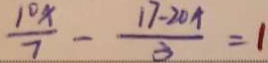
\frac { 1 0 x } { 7 } - \frac { 1 7 - 2 0 x } { 3 } = 1